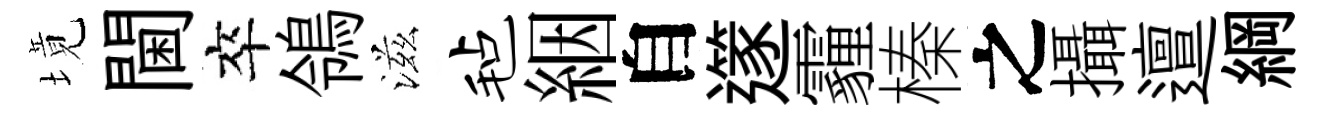
境閫卒鴒滋毡絪自𨗹霾榛之攝邅綱